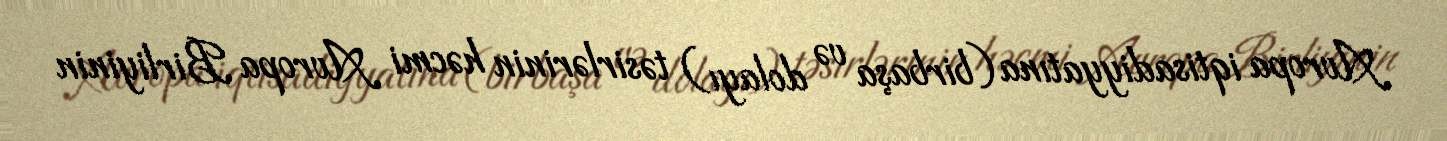
Avropa iqtisadiyyatına (birbaşa və dolayı) təsirlərinin həcmi Avropa Birliyinin